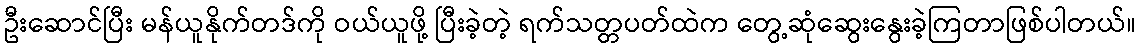
ဦးဆောင်ပြီး မန်ယူနိုက်တဒ်ကို ဝယ်ယူဖို့ ပြီးခဲ့တဲ့ ရက်သတ္တပတ်ထဲက တွေ့ဆုံဆွေးနွေးခဲ့ကြတာဖြစ်ပါတယ်။